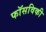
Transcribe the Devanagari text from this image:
फॉसविकी